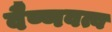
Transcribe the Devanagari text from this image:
वैष्णवत्व